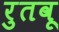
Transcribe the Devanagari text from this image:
रुतवू